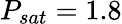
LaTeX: P_{sat}=1.8